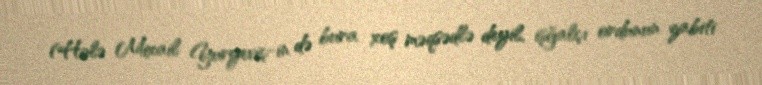
(Hələ Mixail Yuryeviç-in də bura xoş məqsədlə deyil, işğalçı ordunun zabiti